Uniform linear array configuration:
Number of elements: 8
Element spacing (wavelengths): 0.25
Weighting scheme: cosine
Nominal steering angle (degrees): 45
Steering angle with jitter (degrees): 44.335
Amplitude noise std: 0.05
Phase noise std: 0.05

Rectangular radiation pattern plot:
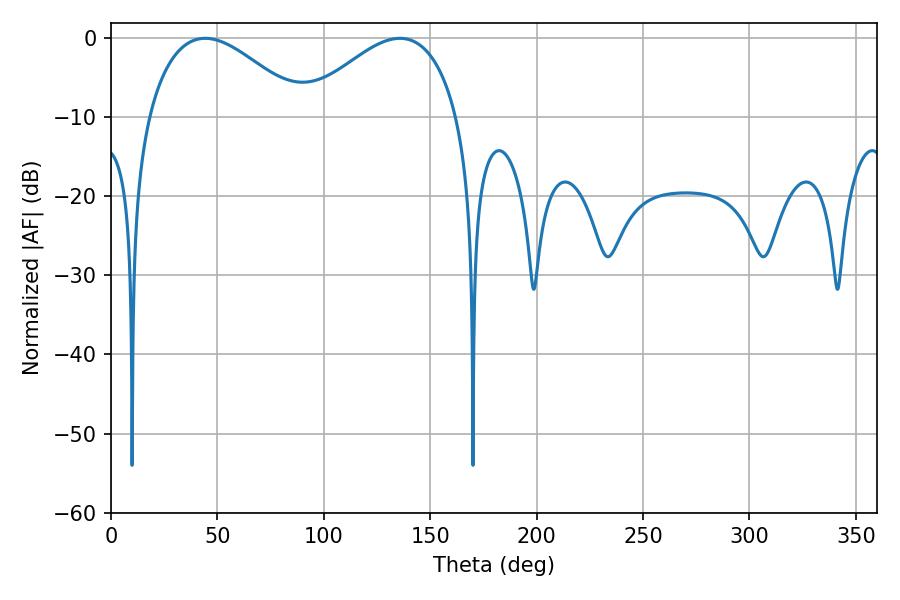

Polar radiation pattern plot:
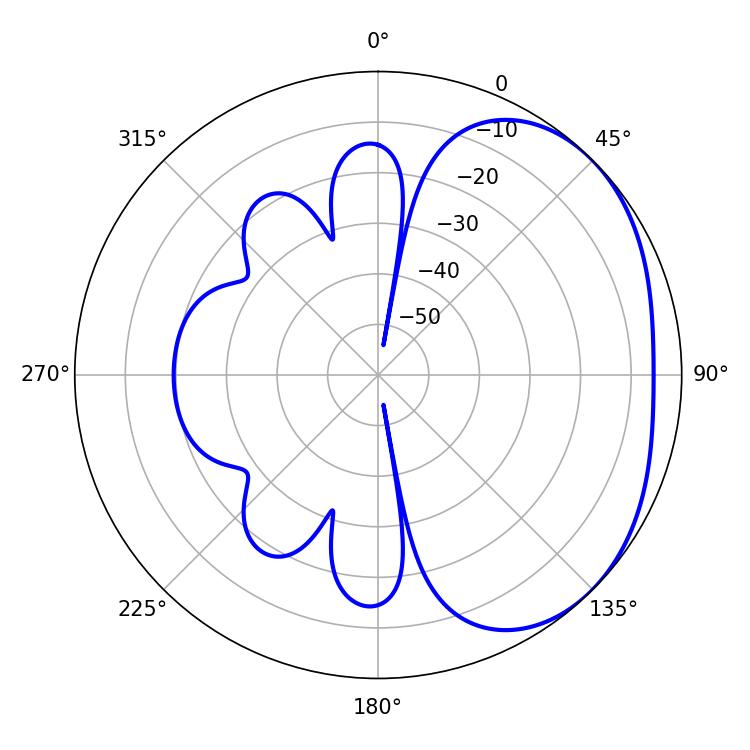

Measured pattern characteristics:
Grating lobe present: FALSE
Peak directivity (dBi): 2.604
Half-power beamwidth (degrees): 40.14
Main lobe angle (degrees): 44.28